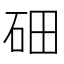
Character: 鿬